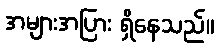
အများအပြား ရှိနေသည်။